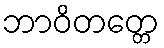
ဘာဝိတတ္တေ